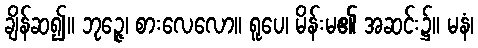
ချိန်ဆ၍။ ဘုဉ္ဇေ၊ စားလေလော။ ရူပေ၊ မိန်းမ၏ အဆင်း၌။ မနံ၊